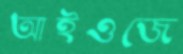
আইওজে